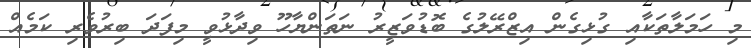
މި ހަމަލާތަކާއި ގުޅިގެން އިޒްރޭލުގެ ބޮޑުވަޒީރު ނަތަންޔާހޫ ވިދާޅުވީ މިފަދަ ބިރުވެރި ކަމެއް